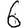
Digit: 6